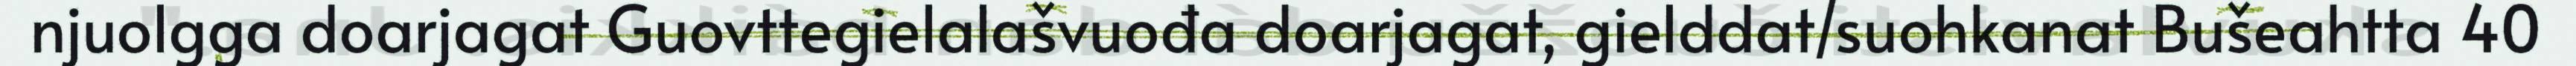
njuolgga doarjagat Guovttegielalašvuođa doarjagat, gielddat/suohkanat Bušeahtta 40